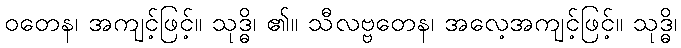
ဝတေန၊ အကျင့်ဖြင့်။ သုဒ္ဓိ၊ ၏။ သီလဗ္ဗတေန၊ အလေ့အကျင့်ဖြင့်။ သုဒ္ဓိ၊